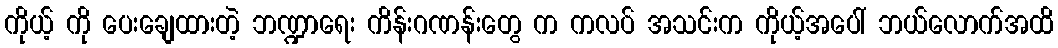
ကိုယ့် ကို ပေးချေထားတဲ့ ဘဏ္ဍာရေး ကိန်းဂဏန်းတွေ က ကလပ် အသင်းက ကိုယ့်အပေါ် ဘယ်လောက်အထိ